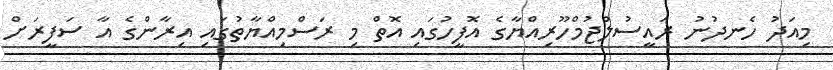
މިއަދު ހެނދުނު ރައީސުލްޖުމްހޫރިއްޔާގެ އޮފީހުގައި އޮތް މި ރަސްމިއްޔާތުގައި އިރާންގެ އާ ސަފީރަށް